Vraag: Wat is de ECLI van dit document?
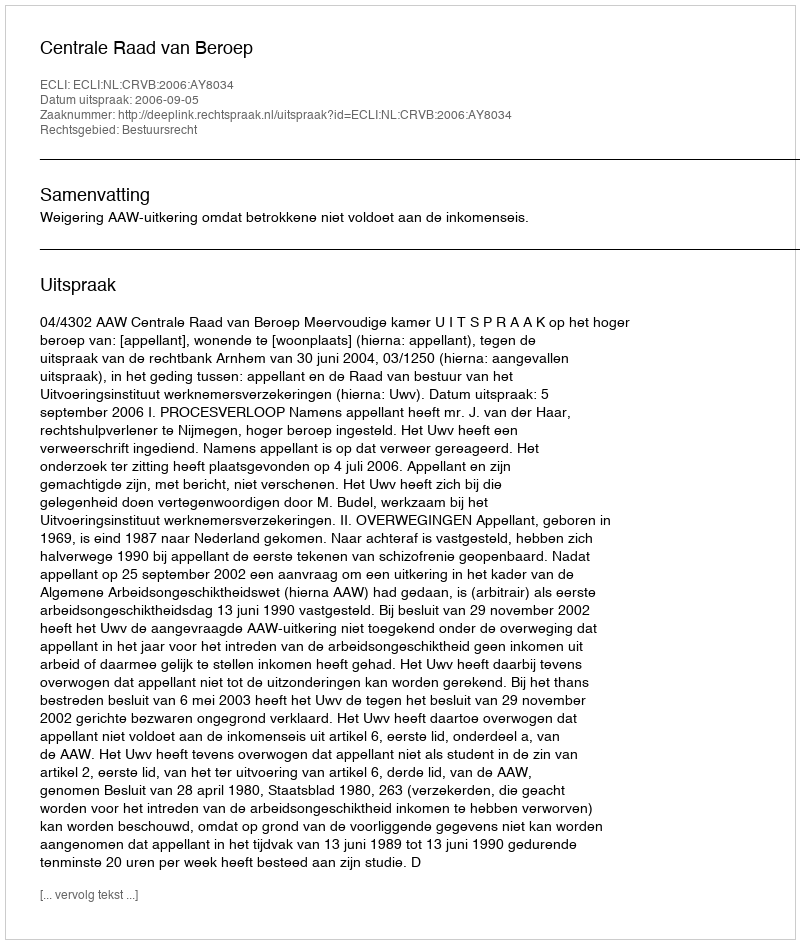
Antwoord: ECLI:NL:CRVB:2006:AY8034